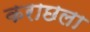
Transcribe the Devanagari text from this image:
कराछला